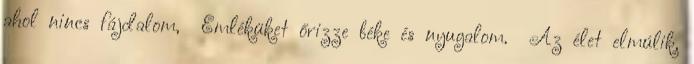
ahol nincs fájdalom, Emléküket őrizze béke és nyugalom. Az élet elmúlik,